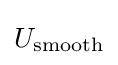
U_{\text{smooth}}